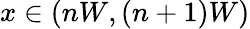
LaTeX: x\in(nW,(n+1)W)